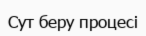
Сут беру процесі